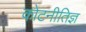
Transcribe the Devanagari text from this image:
कोटनीतिज्ञ